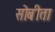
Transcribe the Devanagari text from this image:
सोबीता